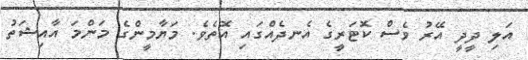
އަލި ދީދީ އޭރު ވެސް ކޮޓަރީގެ އެނދެއްގައި އޮތެވެ. މަޔާމީންގެ މަންމަ އާއިޝަތު